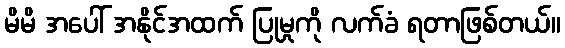
မိမိ အပေါ် အနိုင်အထက် ပြုမှုကို လက်ခံ ရတာဖြစ်တယ်။